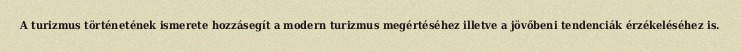
A turizmus történetének ismerete hozzásegít a modern turizmus megértéséhez illetve a jövőbeni tendenciák érzékeléséhez is.